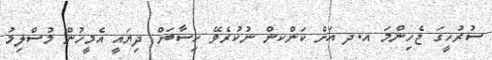
ސުރުހީގަ ޖެހިންމަ އ.ދ އަށް ކަންކން ނުކުރެވޭ ހިސާބަށް ދިޔައީ އެމީހުން މުސްލިމު